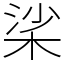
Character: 桬